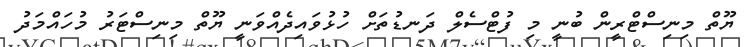
ޔޫތް މިނިސްޓްރީން ބުނީ މި ފުޓްސެލް ދަނޑުތަށް ހުޅުވައިދެއްވަނީ ޔޫތް މިނިސްޓަރު މުހައްމަދު